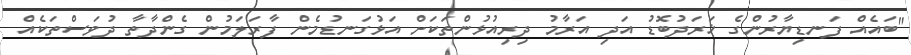
"ބައެއް ފަނޑިޔާރުންގެ ޚަރަދުބޮޑު އަދި އަރާމު ދިރިއުޅުންތަކަށް އަޅުގަނޑުމެން ފާރަލަމުން ގެންދާތާ ދުވަސްތަކެއް